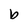
Character: b